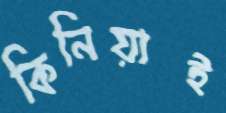
কিনিয়াই